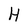
Character: H